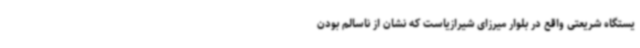
یستگاه شریعتی واقع در بلوار میرزای شیرازیاست که نشان از ناسالم بودن